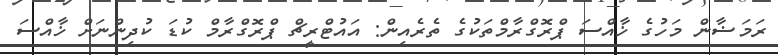
ރަމަޟާން މަހުގެ ޚާއްސަ ޕްރޮގްރާމްތަކުގެ ތެރެއިން: އައުޓްރީޗް ޕްރޮގްރާމް ކުޑަ ކުދިންނަށް ޚާއްސަ